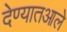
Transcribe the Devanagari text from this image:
देण्यातआले